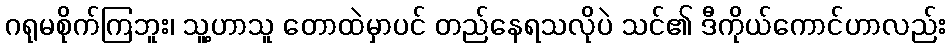
ဂရုမစိုက်ကြဘူး၊ သူ့ဟာသူ တောထဲမှာပင် တည်နေရသလိုပဲ သင်၏ ဒီကိုယ်ကောင်ဟာလည်း